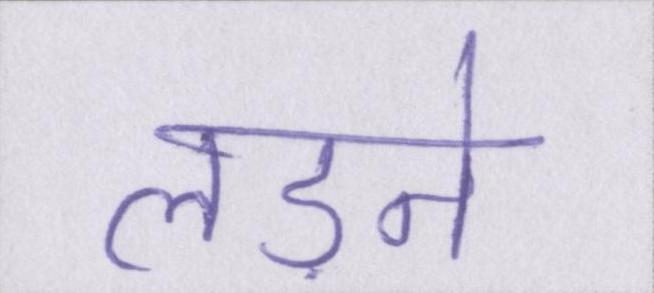
लड़ने